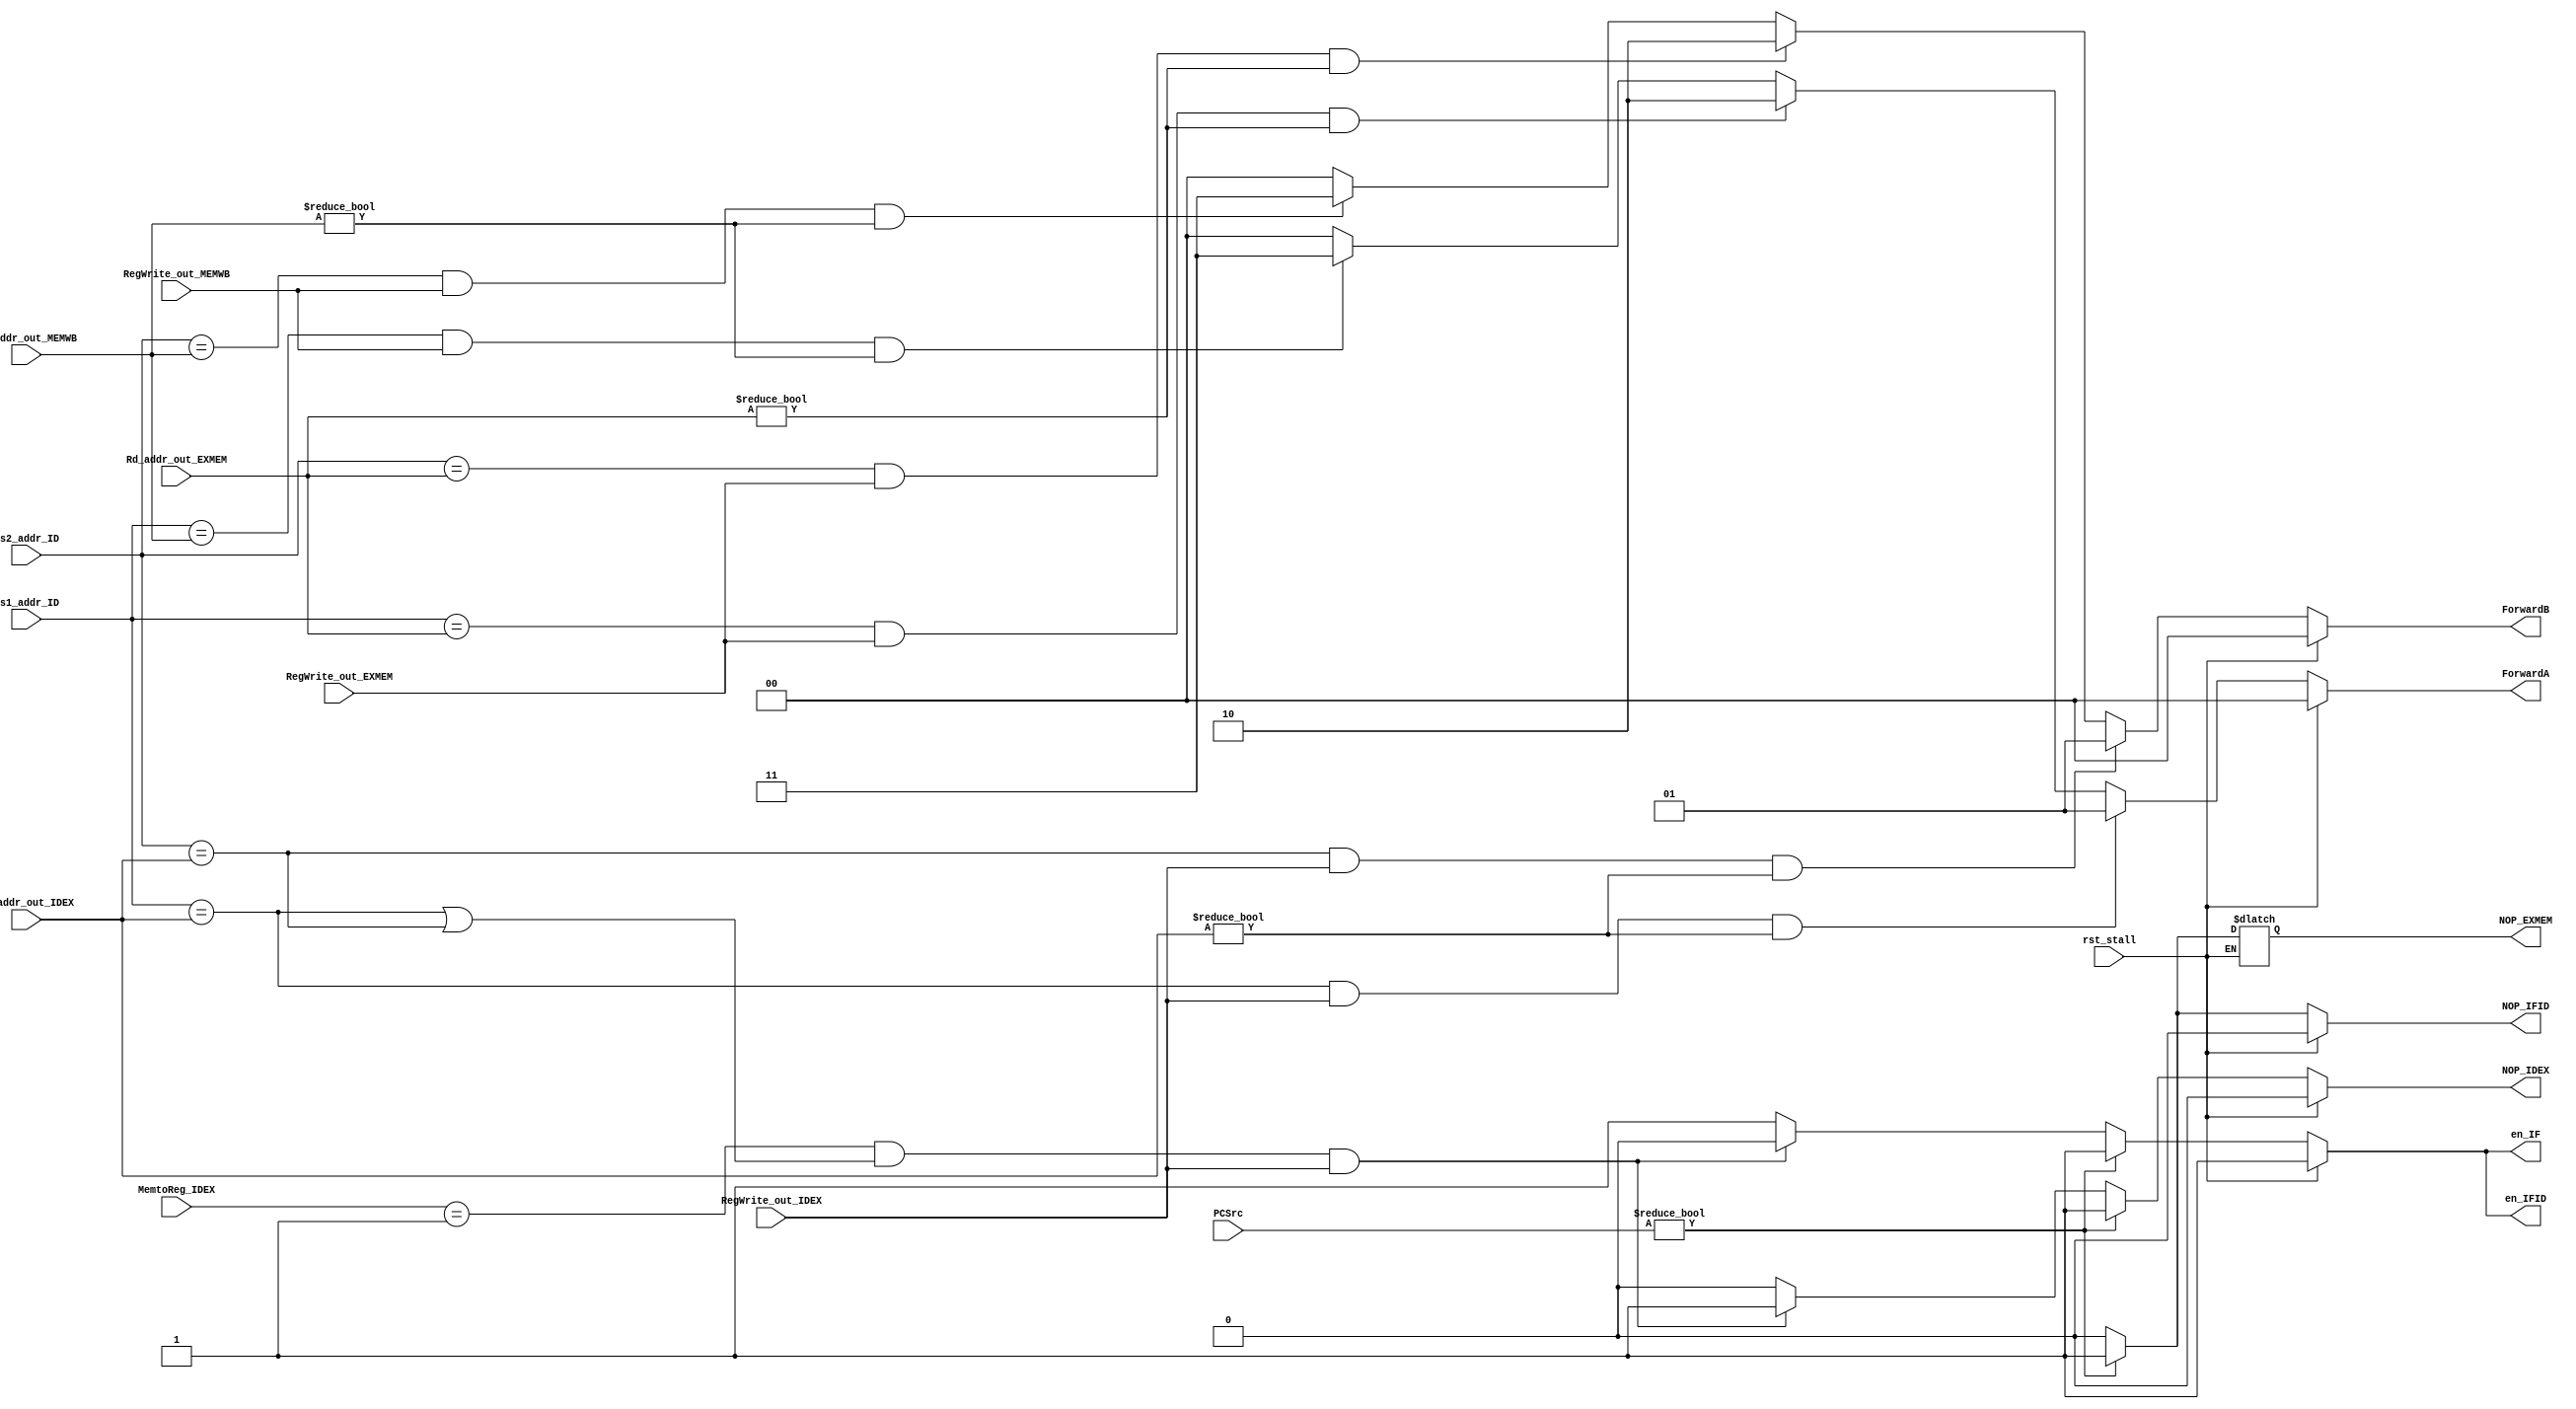
`timescale 1ns / 1ps
//////////////////////////////////////////////////////////////////////////////////
// Company: 
// Engineer: 
// 
// Design Name: 
// Module Name: HazardCheck
// Project Name: 
// Target Devices: 
// Tool Versions: 
// Description: 
// 
// Dependencies: 
// 
// Revision:
// Revision 0.01 - File Created
// Additional Comments:
// 
//////////////////////////////////////////////////////////////////////////////////


module Stall(
    input wire rst_stall,
    input wire [4:0] Rs1_addr_ID,Rs2_addr_ID,
    Rd_addr_out_IDEX,Rd_addr_out_EXMEM,Rd_addr_out_MEMWB,
    input wire RegWrite_out_IDEX,RegWrite_out_EXMEM,RegWrite_out_MEMWB,
    input wire [1:0] PCSrc,MemtoReg_IDEX,
    output reg en_IF,en_IFID,NOP_IDEX,NOP_IFID,NOP_EXMEM,
    output reg [1:0] ForwardA,ForwardB
    );
        
    always@* begin
        if(rst_stall==1'b1)begin
            en_IF <= 1;en_IFID <= 1;NOP_IDEX <= 0;NOP_IFID<=0;ForwardA <= 0;ForwardB <= 0;
        end else begin
        if(Rs1_addr_ID == Rd_addr_out_IDEX && RegWrite_out_IDEX==1 && Rd_addr_out_IDEX!=0)begin
            ForwardA <= 2'b01;
        end else if(Rs1_addr_ID == Rd_addr_out_EXMEM && RegWrite_out_EXMEM==1 && Rd_addr_out_EXMEM!=0)begin
            ForwardA <= 2'b10;
        end else if(Rs1_addr_ID == Rd_addr_out_MEMWB && RegWrite_out_MEMWB==1 && Rd_addr_out_MEMWB!=0)begin
            ForwardA <= 2'b11;
        end else ForwardA <= 2'b00;
        
        if(Rs2_addr_ID == Rd_addr_out_IDEX && RegWrite_out_IDEX==1 && Rd_addr_out_IDEX!=0)begin
            ForwardB <= 2'b01;
        end else if(Rs2_addr_ID == Rd_addr_out_EXMEM && RegWrite_out_EXMEM==1 && Rd_addr_out_EXMEM!=0)begin
            ForwardB <= 2'b10;
        end else if(Rs2_addr_ID == Rd_addr_out_MEMWB && RegWrite_out_MEMWB==1 && Rd_addr_out_MEMWB!=0)begin
            ForwardB <= 2'b11;
        end else ForwardB <= 2'b00;
       
        if(PCSrc!=0)begin
            en_IF <= 1;
            en_IFID <= 1;
            NOP_IDEX <= 1;
            NOP_IFID <= 1;
            NOP_EXMEM <= 1;
        end else if(MemtoReg_IDEX==2'b01 &&
        (Rs1_addr_ID == Rd_addr_out_IDEX || Rs2_addr_ID == Rd_addr_out_IDEX)&&
         RegWrite_out_IDEX==1) begin
            en_IF <= 0;
            en_IFID <= 0;
            NOP_IDEX <= 1;
            NOP_IFID <= 0;
            NOP_EXMEM <= 0;
        end else begin
            en_IF <= 1;
            en_IFID <= 1;
            NOP_IDEX <= 0;
            NOP_IFID <= 0;
            NOP_EXMEM <= 0;
        end
        end
    end
endmodule